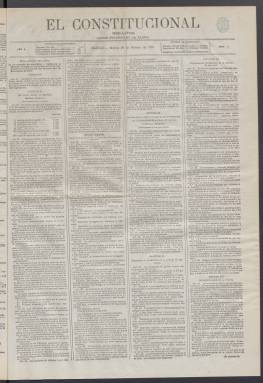
Título: El Constitucional español
Colección: Periódicos
Ámbito geográfico: Madrid
Lugar de publicación: Madrid
Fechas: 26/02/1878-14/02/1881